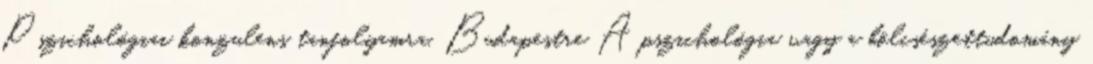
Pszichológiai konzulens tanfolyamra, Budapestre A pszichológia vagy a bölcsészettudomány